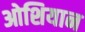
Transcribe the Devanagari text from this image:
ओशियान